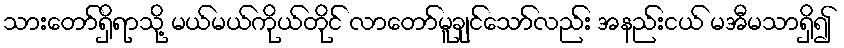
သားတော်ရှိရာသို့ မယ်မယ်ကိုယ်တိုင် လာတော်မူချင်သော်လည်း အနည်းငယ် မအီမသာရှိ၍